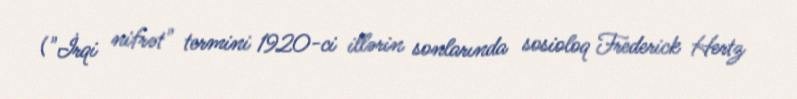
("İrqi nifrət" termini 1920-ci illərin sonlarında sosioloq Frederick Hertz